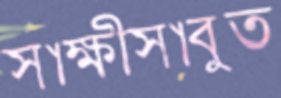
সাক্ষীসাবুত